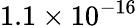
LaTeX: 1.1\times 10^{-16}